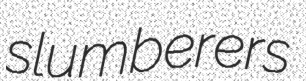
slumberers